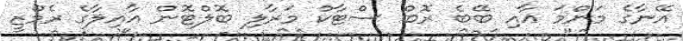
އޭނާގެ މަންމަ އާއި ބޭބެ ރޮބް ސްޓާކް މަރާލި ބޮލްޓޮން އާއިލާގެ ރެމްޒީ